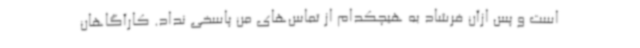
است و پس ازآن فرشاد به هیچکدام از تماس‌های من پاسخی نداد. کارآگاهان